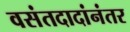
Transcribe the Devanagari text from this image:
वसंतदादांनंतर